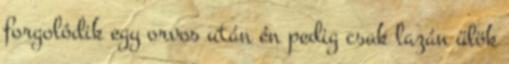
forgolódik egy orvos után én pedig csak lazán ülök